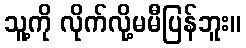
သူ့ကို လိုက်လို့မမီပြန်ဘူး။